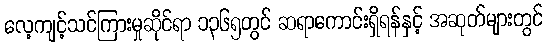
လေ့ကျင့်သင်ကြားမှုဆိုင်ရာ ၁၃၆၅တွင် ဆရာကောင်းရှိရန်နှင့် အဆုတ်များတွင်